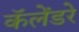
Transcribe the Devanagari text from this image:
कॅलेंडरे